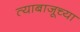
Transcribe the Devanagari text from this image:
त्याबाजूच्या